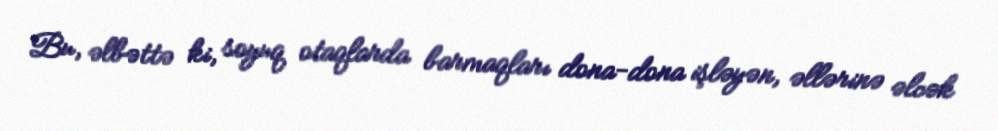
Bu, əlbəttə ki, soyuq otaqlarda barmaqları dona-dona işləyən, əllərinə əlcək